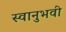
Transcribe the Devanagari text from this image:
स्वानुभवी